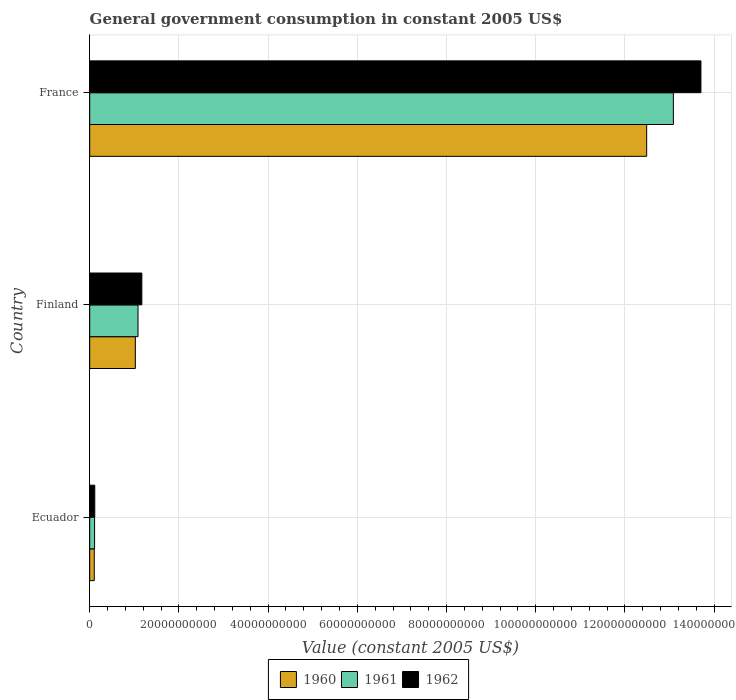
| Country | 1960 | 1961 | 1962 |
 | --- | --- | --- | --- |
 | Ecuador | 1.03e+09 | 1.1e+09 | 1.14e+09 |
 | Finland | 1.02e+10 | 1.08e+10 | 1.17e+10 |
 | France | 1.25e+11 | 1.31e+11 | 1.37e+11 |